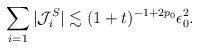
\begin{align*}\sum_{i=1} |\mathcal{J}_i^S|\lesssim (1+t)^{-1+2p_0}\epsilon_0^2.\end{align*}